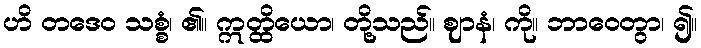
ဟိ တဒေဝ သစ္စံ၊ ၏။ ဣတ္ထိယော၊ တို့သည်။ ဈာနံ၊ ကို။ ဘာဝေတွာ၊ ၍။